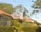
હોકર